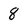
Character: 8